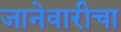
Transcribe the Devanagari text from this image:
जानेवारीचा